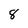
Character: 8